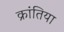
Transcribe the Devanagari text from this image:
क्रांतिया